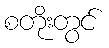
စတိုးတွင်